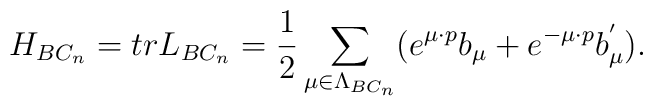
H_{BC_{n}}=trL_{BC_{n}}=\frac{1}{2}\sum_{\mu \in \Lambda _{BC_{n}}}(e^{\mu\cdot p}b_{\mu }+e^{-\mu \cdot p}b_{\mu }^{^{\prime }}).